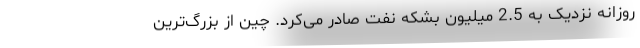
روزانه نزدیک به 2.5 میلیون بشکه نفت صادر می‌کرد. چین از بزرگ‌ترین